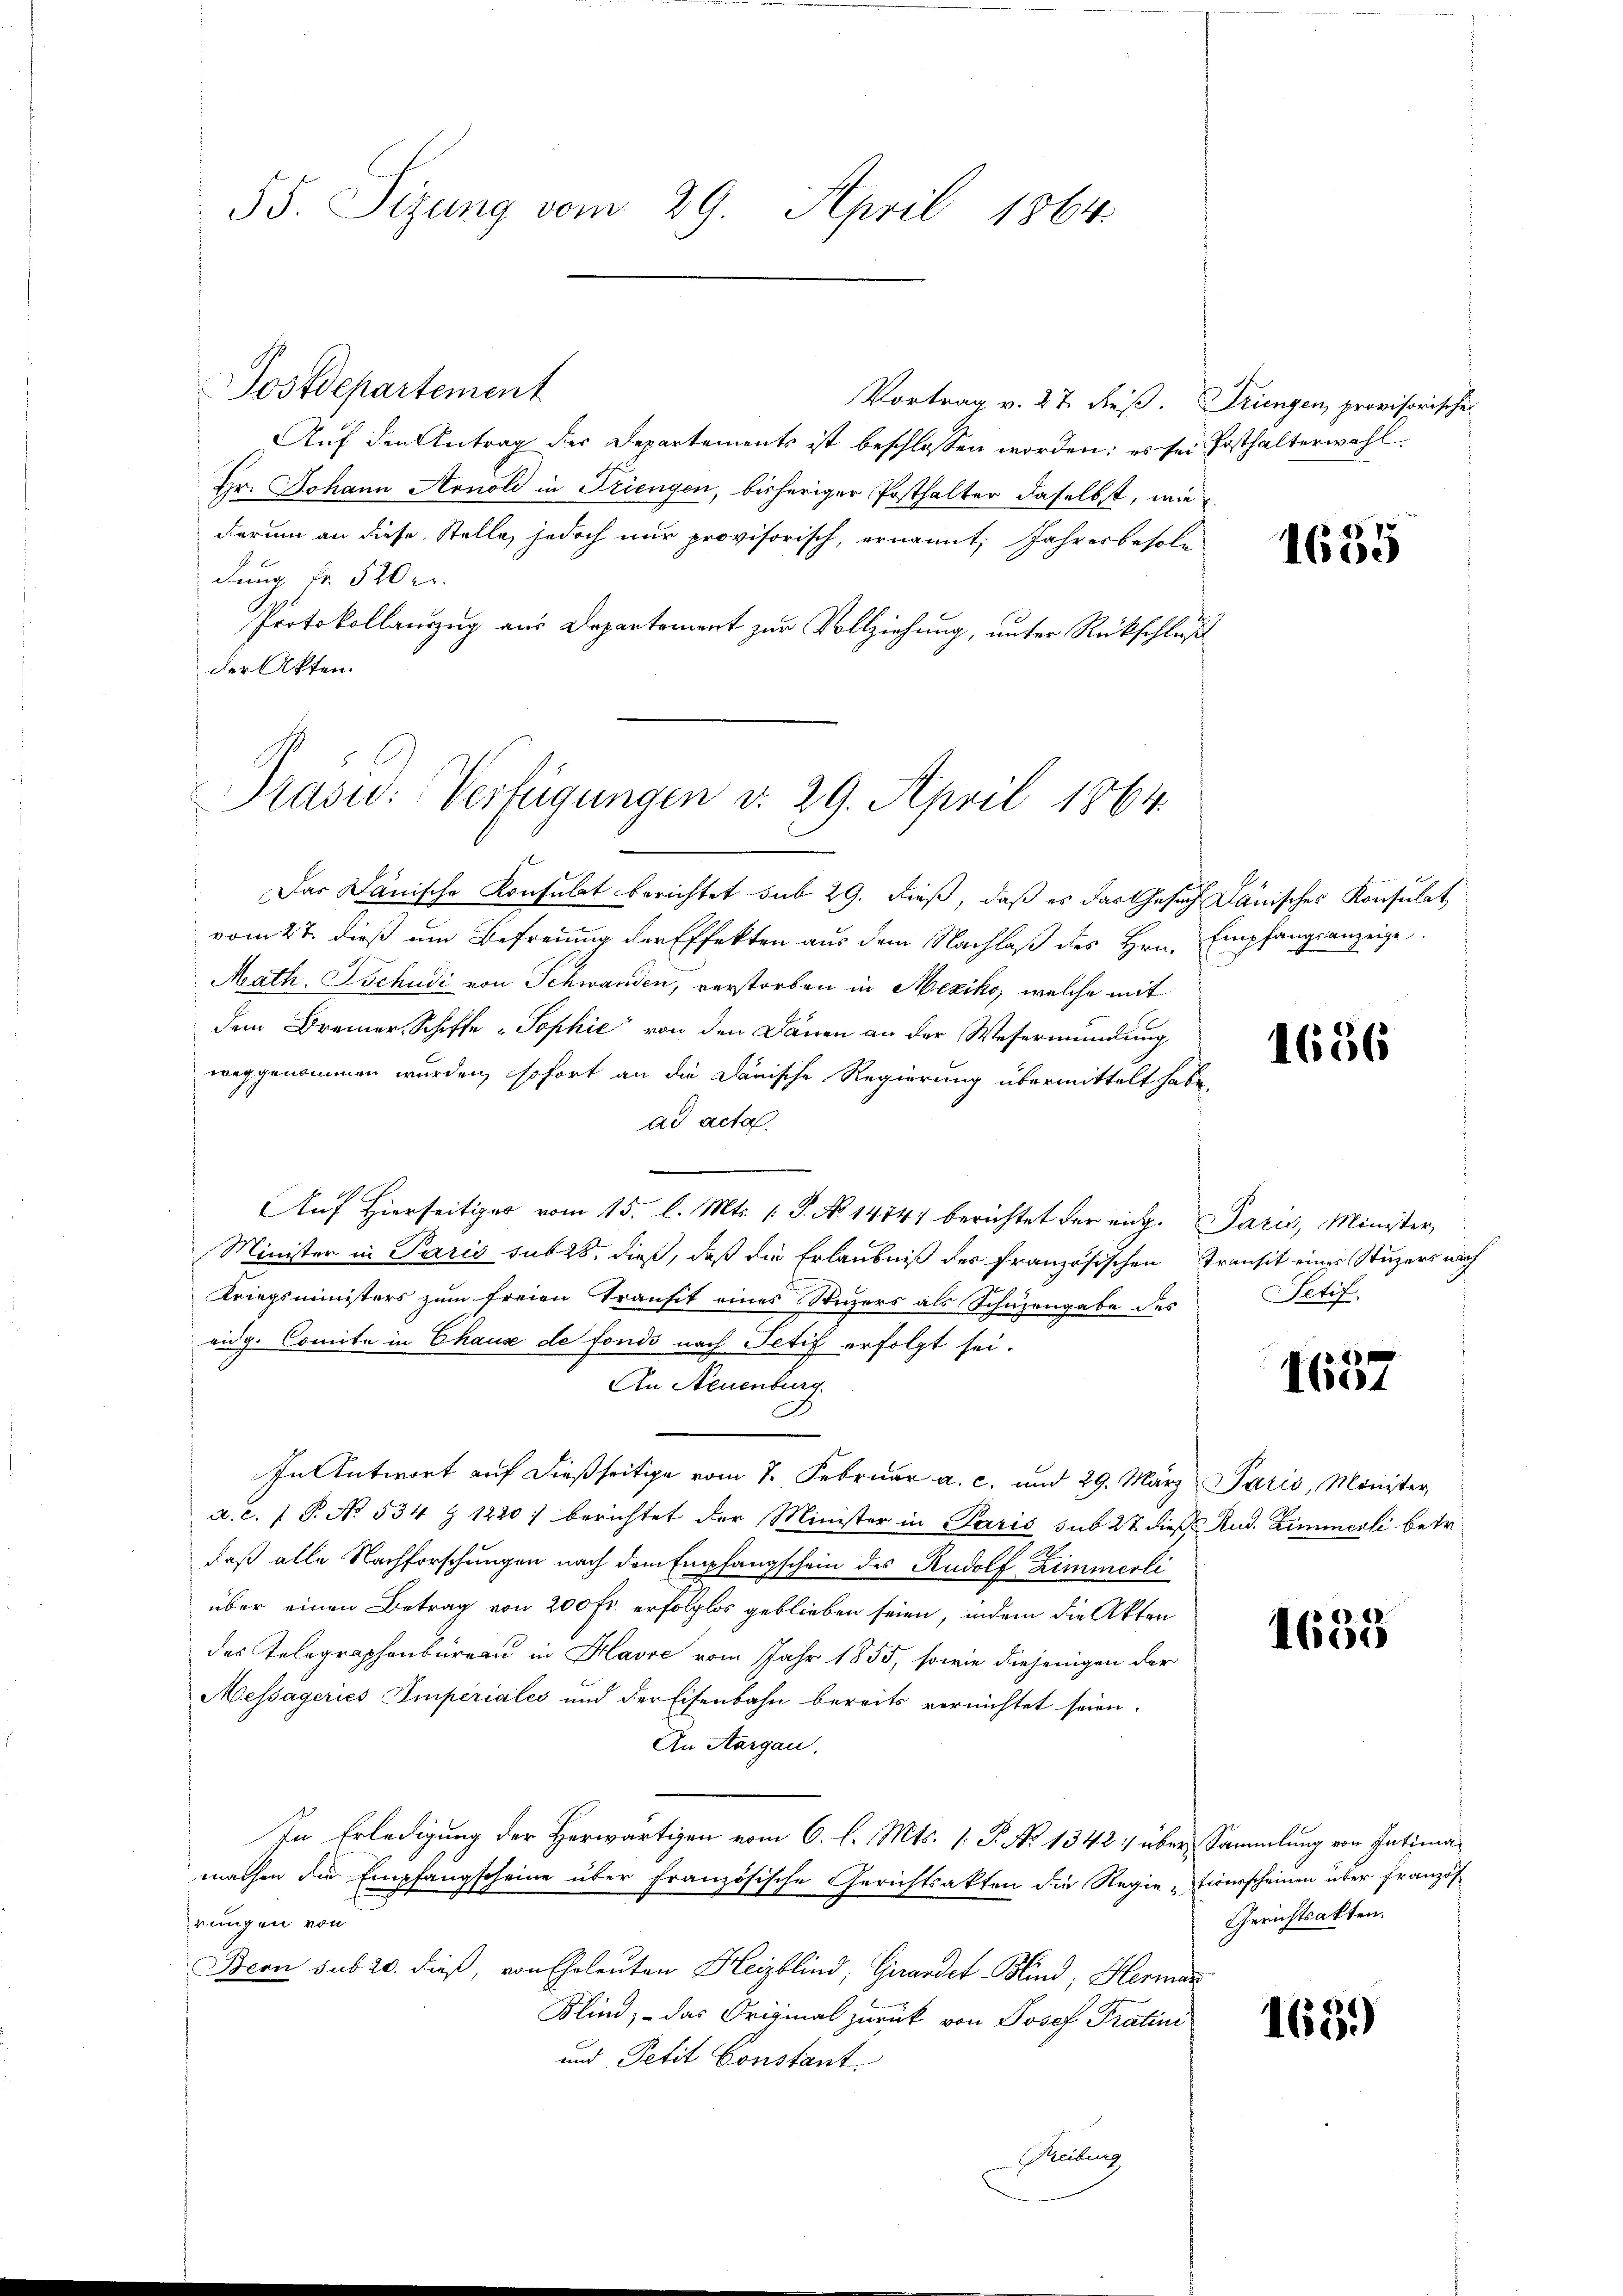
55. Sizung vom 29. April 1864.

Postdepartement
Vortrag v. 27 dieß. Triengen, provisorischen
Auf den Antrag des Departements ist beschlossen worden: es sei Posthalterwahl
Hr. Johann Arnold in Triengen, bisheriger Posthalter daselbst, wie
derum an diese Stelle, jedoch nur provisorisch, ernannt, Jahresbesoldung Fr. 520 er
Protokollauszug aus Departement zur Vollziehung, unter Rückschluß
der Akten.

Prasw: Verfügungen v. 29. April 1864.

Das Dänische Konsulat berichtet sub 29. dieß, daß es das Gesuch Dänisches Konsulat
vom 2t dieß um Befreung der Effekten aus dem Nachlaß des Hrn. Empfangsanzeige
Math. Tschudi von Schwanden, verstorben in Mexiko, welche mit
dem Bremer, Schiffe Sophie von den Dänen an der Wesermündung
weggenommen wurden, sofort an die darische Regierung übermittelt habe.
ad acta
Auf Hierseitiger vom 15. l. Mts. P. No 1474) berichtet der rich. Paris, Minister,
Minister in Paris sub 28, dieß, daß die Erlaubniß des französischen Transit eines Stuzers nach
Kriegsministers zum freien Transit eines Stuzers als Schüzengabe des
eidg. Comite in Chaux de fonds nach Petif erfolgt sei.
An Neuenburg
In Antwort auf dießseitige vom 7. Februar a. c. und 29. März Paris, Minister
a. c. 1 P. No. 534 § 1220) berichtet der Minister in Paris sub 27 dieß Rud. Zimmerli betr.
.
daß alle Nachforschungen nach dem Empfangschein des Rudolf Zimmerli
über einen Betrag von 200 fr. erfolglos geblieben seien, indem die Akten
das Telegraphenbureau in Havre vom Jahr 1855, sowie diejenigen der
Messägeries Imperiales und der Eisenbahn bereits vernichtet seien.
An Aargau,
In Erledigung der Herwärtigen vom 6. l. Mts. 1. P. No 1342 über Sammlung von Intimamachen die Empfangscheine über französische Gerichtsakten die Regie-Eionsscheinen über französrungen von
Bern sub 20. dieß, von Eheleuten Heizblind, Grandet-Blind, Hermar
Klind; – das Original zurück von Josef Pratini
und Petit Constant.
Freibung

1635

1656

Setif.

1657

1633

Gerichtsakten.

163)